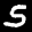
Label: 5